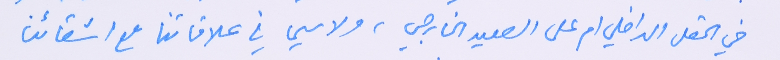
في الحقل الداخلي ام على الصعيد الخارجي، ولا سيما في علاقاتنا مع اشقائنا